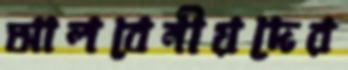
আলবেনীয়দের